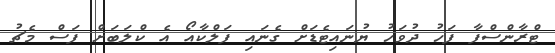
ޓްރާންސްފާ ފަހު ދުވަހު ޔުނައިޓެޑަށް ގެނައި ފަލްކާއޯ އެ ކްލަބަށް ފަސް މެޗު